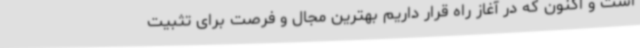
است و اکنون که در آغاز راه قرار داریم بهترین مجال و فرصت برای تثبیت